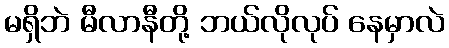
မရှိဘဲ မီလာနီတို့ ဘယ်လိုလုပ် နေမှာလဲ